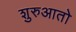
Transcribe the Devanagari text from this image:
शुरुआतो